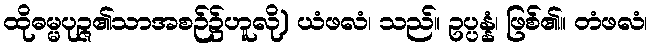
ထိုဓမ္မပုဉ္ဇ၏သာအစဉ်၌ဟူလို) ယံဖလံ၊ သည်။ ဥပ္ပန္နံ၊ ဖြစ်၏။ တံဖလံ၊